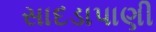
સાદડાપાણી